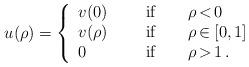
LaTeX: \begin{align*} u (\rho) = \left\{ \begin{array}{l@{\qquad\mbox{ if}\qquad}r@{\,}c@{\,}l} v (0) & \rho & < & 0 \\ v (\rho) & \rho & \in & [0, 1] \\ 0 & \rho & > & 1\,. \end{array} \right. \end{align*}